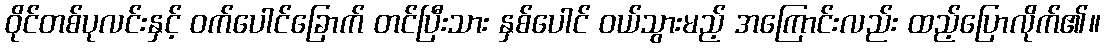
ဝိုင်တစ်ပုလင်းနှင့် ဝက်ပေါင်ခြောက် တင်ပြီးသား နှစ်ပေါင် ဝယ်သွားမည့် အကြောင်းလည်း ထည့်ပြောလိုက်၏။